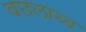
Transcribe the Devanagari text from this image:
बछलाथ्व